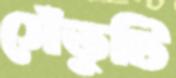
সেঁতুটি